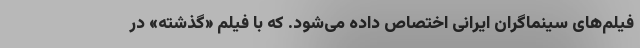
فیلم‌های سینماگران ایرانی اختصاص داده می‌شود. که با فیلم «گذشته» در